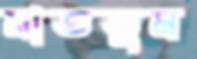
মাততুম